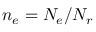
n _ { e } = N _ { e } / N _ { r }